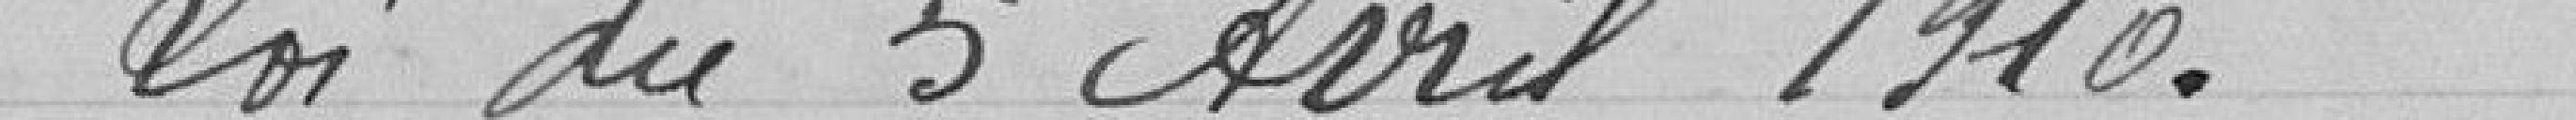
Loi du 5 Avril 1910.